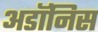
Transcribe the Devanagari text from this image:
अडॉनिस